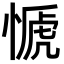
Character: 㥴